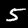
Label: 5